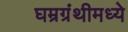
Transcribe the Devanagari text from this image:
घम्रग्रंथीमध्ये